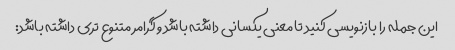
این جمله را بازنویسی کنید تا معنی یکسانی داشته باشد و گرامر متنوع تری داشته باشد: